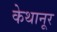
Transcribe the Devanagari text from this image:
केथानूर